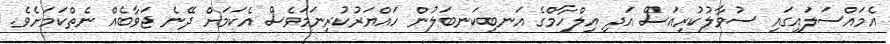
އެމައްސަލައިގައި ސުވާލުކުރިއަސް އަދި އިލްހާމްގެ އަނބިކަނބަލުން ހައްޔަރުކުރިނަމަވެސް އެކަމަށް ދޭނެ ޖަވާބެއް ނެތްކަމަށެވެ.